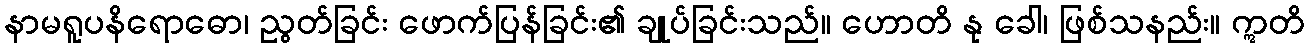
နာမရူပနိရောဓော၊ ညွတ်ခြင်း ဖောက်ပြန်ခြင်း၏ ချုပ်ခြင်းသည်။ ဟောတိ နု ခေါ၊ ဖြစ်သနည်း။ ဣတိ